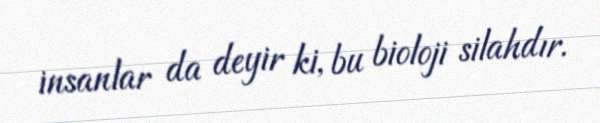
insanlar da deyir ki, bu bioloji silahdır.